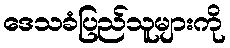
ဒေသခံပြည်သူများကို